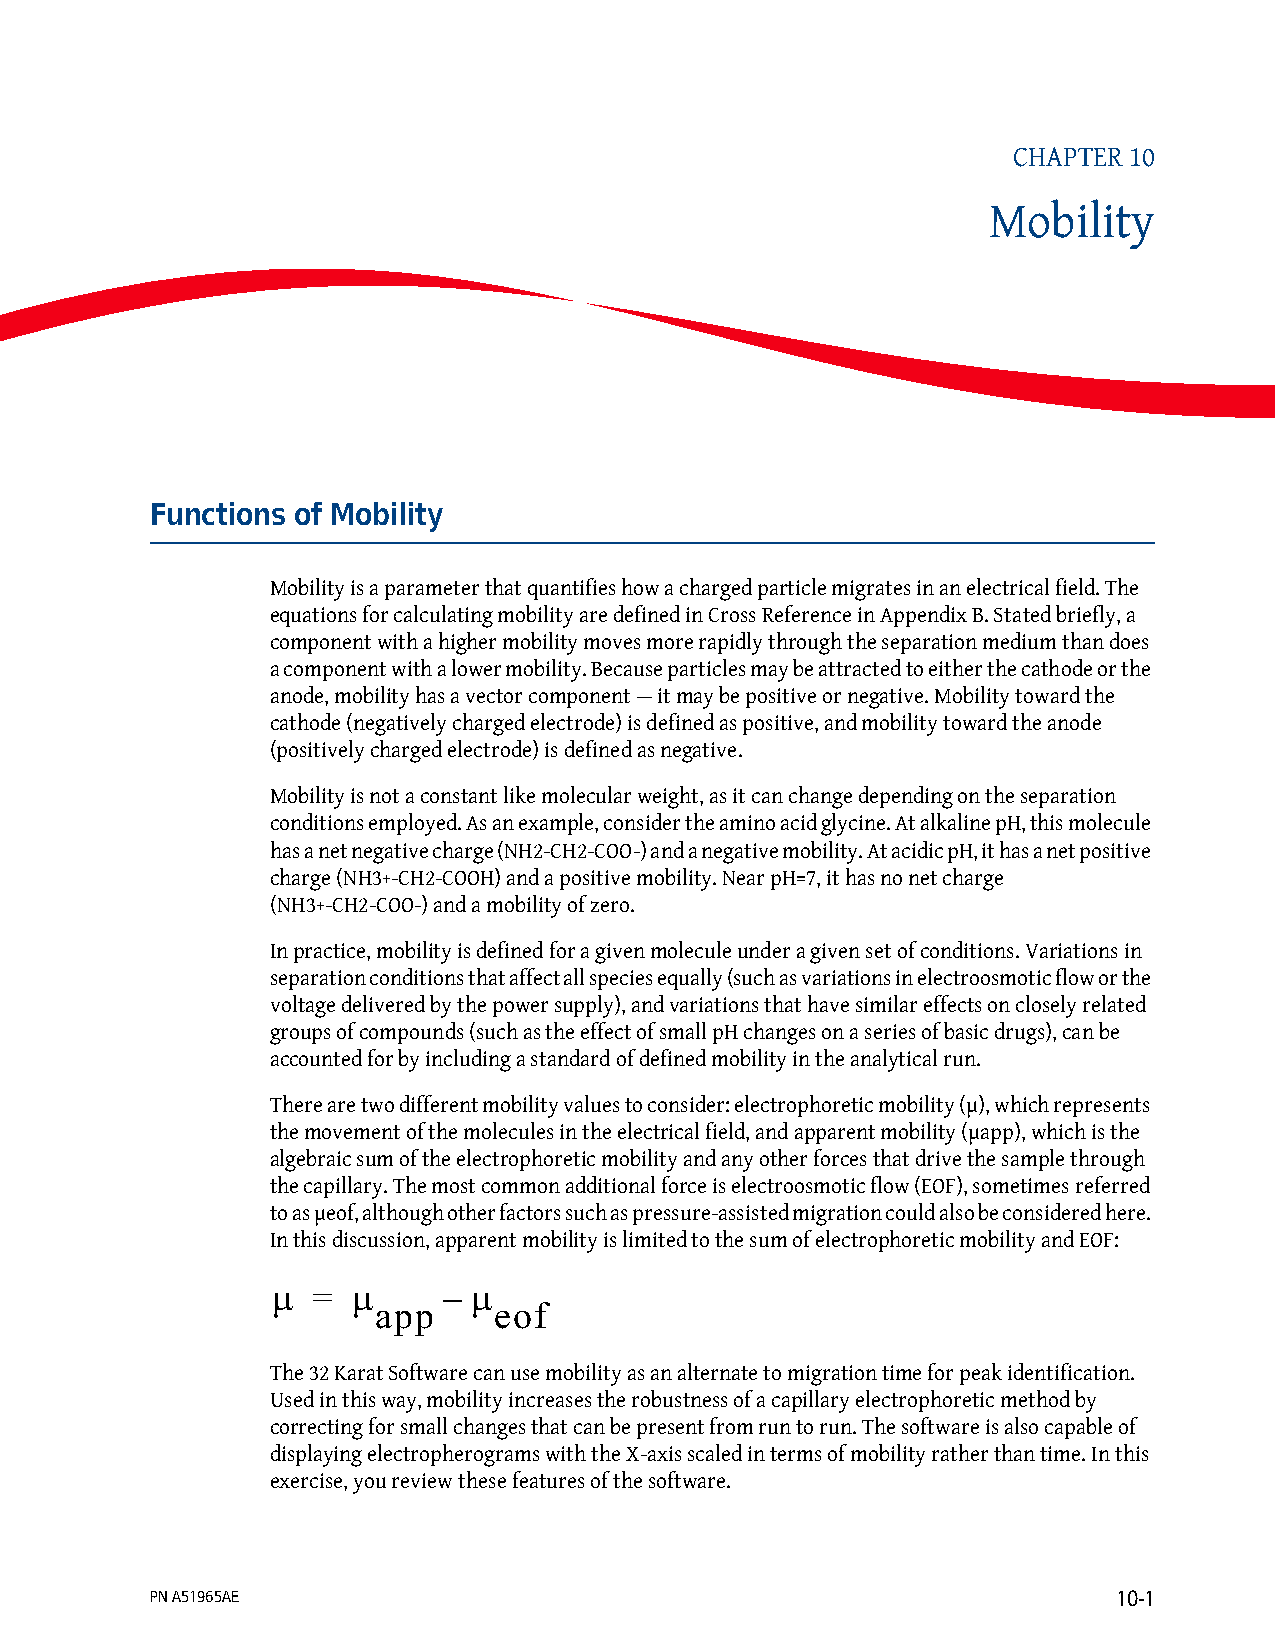
CHAPTER 10
 Mobility
 Functions of Mobility
 Mobility is a parameter that quantifies how a charged particle migrates in an electrical field. The
 equations for calculating mobility are defined in Cross Reference in Appendix B. Stated briefly, a
 component with a higher mobility moves more rapidly through the separation medium than does
 a component with a lower mobility. Because particles may be attracted to either the cathode or the
 anode, mobility has a vector component — it may be positive or negative. Mobility toward the
 cathode (negatively charged electrode) is defined as positive, and mobility toward the anode
 (positively charged electrode) is defined as negative.
 Mobility is not a constant like molecular weight, as it can change depending on the separation
 conditions employed. As an example, consider the amino acid glycine. At alkaline pH, this molecule
 has a net negative charge (NH2-CH2-COO-) and a negative mobility. At acidic pH, it has a net positive
 charge (NH3+-CH2-COOH) and a positive mobility. Near pH=7, it has no net charge
 (NH3+-CH2-COO-) and a mobility of zero.
 In practice, mobility is defined for a given molecule under a given set of conditions. Variations in
 separation conditions that affect all species equally (such as variations in electroosmotic flow or the
 voltage delivered by the power supply), and variations that have similar effects on closely related
 groups of compounds (such as the effect of small pH changes on a series of basic drugs), can be
 accounted for by including a standard of defined mobility in the analytical run.
 There are two different mobility values to consider: electrophoretic mobility (µ), which represents
 the movement of the molecules in the electrical field, and apparent mobility (µapp), which is the
 algebraic sum of the electrophoretic mobility and any other forces that drive the sample through
 the capillary. The most common additional force is electroosmotic flow (EOF), sometimes referred
 to as µeof, although other factors such as pressure-assisted migration could also be considered here.
 In this discussion, apparent mobility is limited to the sum of electrophoretic mobility and EOF:
 µ  = µ     – µ
 app     eof
 The 32 Karat Software can use mobility as an alternate to migration time for peak identification.
 Used in this way, mobility increases the robustness of a capillary electrophoretic method by
 correcting for small changes that can be present from run to run. The software is also capable of
 displaying electropherograms with the X-axis scaled in terms of mobility rather than time. In this
 exercise, you review these features of the software.
 PN A51965AE                                                     10-1